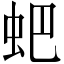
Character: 蚆